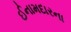
ઈનામદારના